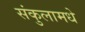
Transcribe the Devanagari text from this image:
संकुलामधे